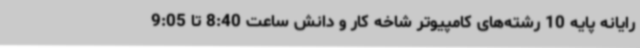
رایانه‌ پایه 10 رشته‌های کامپیوتر شاخه کار و دانش ساعت 8:40 تا 9:05